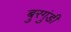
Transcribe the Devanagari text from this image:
बुरगुंडी